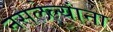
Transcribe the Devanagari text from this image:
नसलेल्यांना